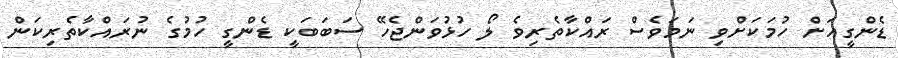
ޑެންގީއަށް ހުމަކަށްވި ނަމަވެސް ރައްކާތެރިވެ ލޯ ހުޅުވަންޖެހޭ ސަބަބަކީ ޑެންގީ ހުމުގެ ނުރައްކާތެރިކަން